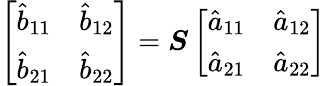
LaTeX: \left[\begin{array}{ll}{\hat{b}_{11}}&{\hat{b}_{12}}\\ {\hat{b}_{21}}&{\hat{b}_{22}}\end{array}\right]=\boldsymbol{S}\left[\begin{array}{ll}{\hat{a}_{11}}&{\hat{a}_{12}}\\ {\hat{a}_{21}}&{\hat{a}_{22}}\end{array}\right]